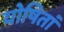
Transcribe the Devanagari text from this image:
योषितां